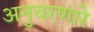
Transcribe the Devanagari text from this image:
अनुचरणारे